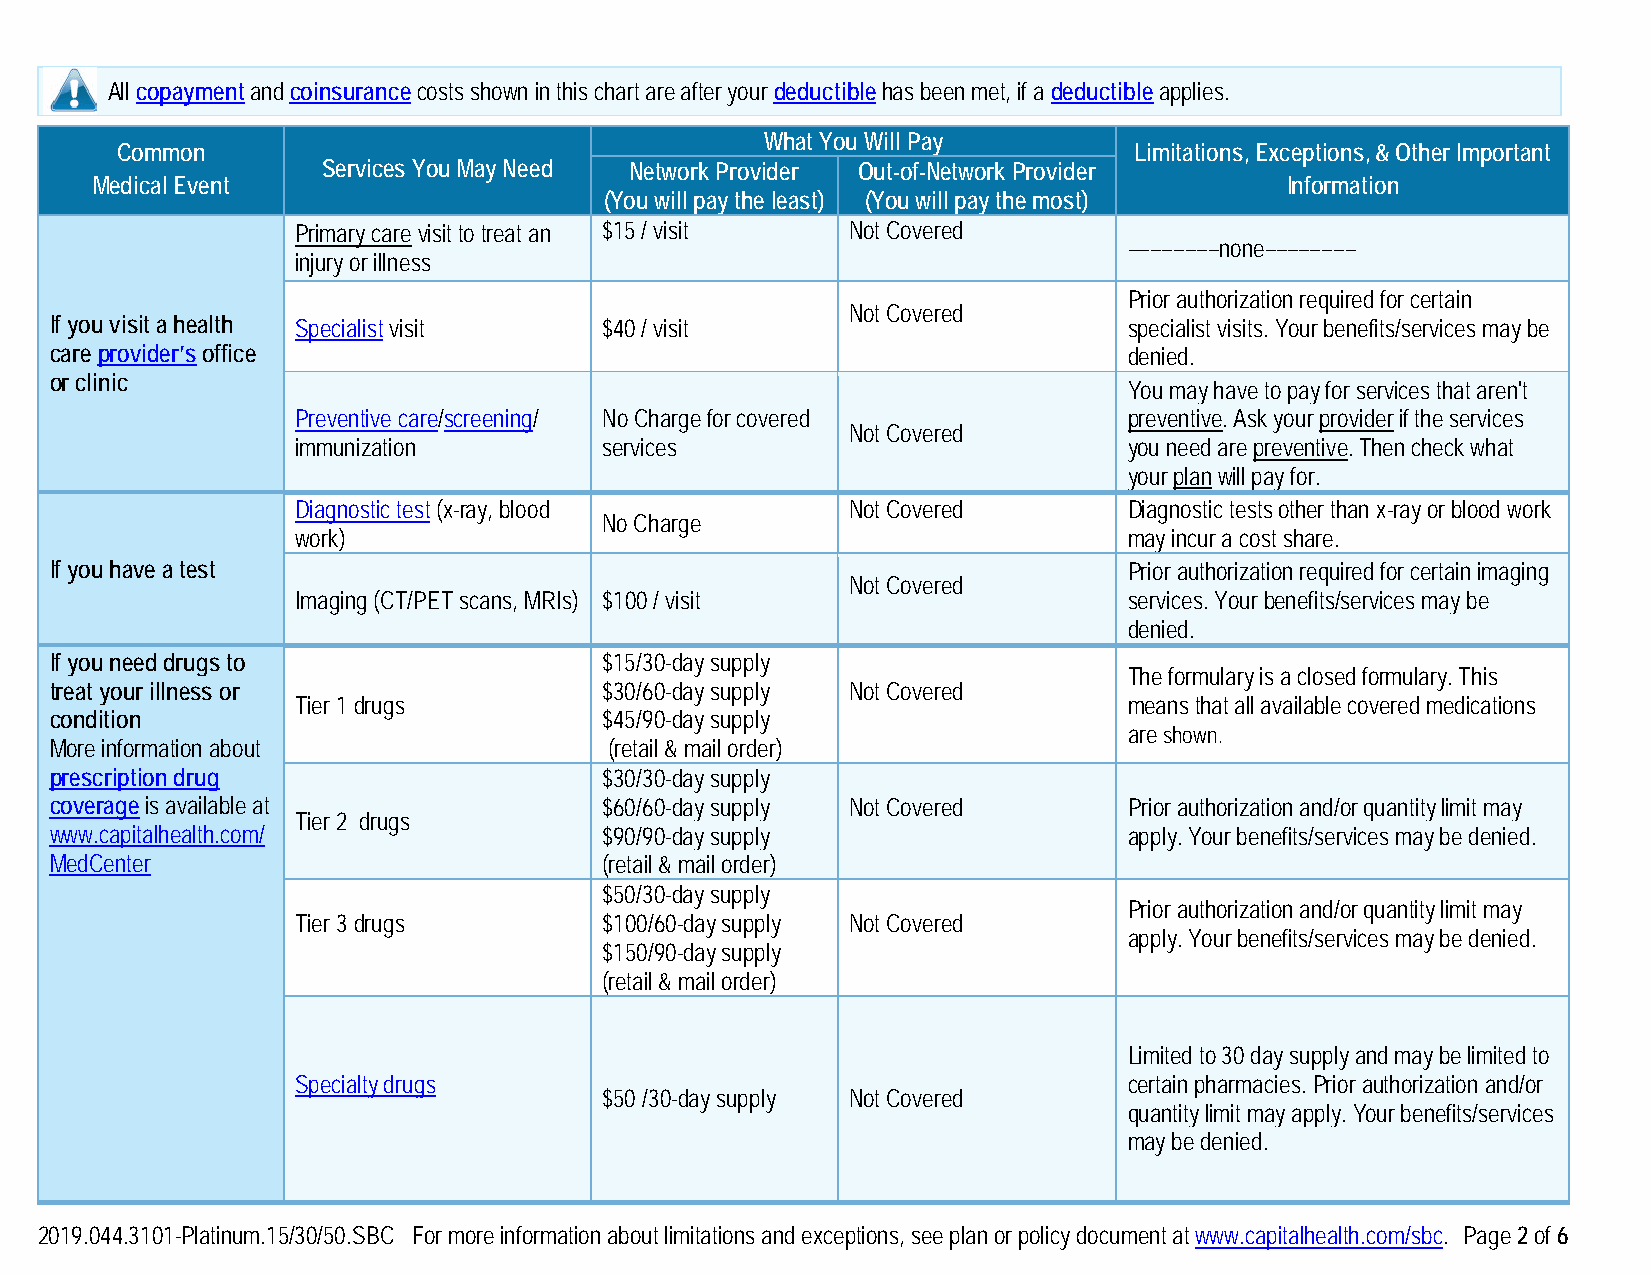
All copayment and coinsurance costs shown in this chart are after your deductible has been met, if a deductible applies.
 What You Will Pay
 Common                                                             Limitations, Exceptions, & Other Important
 Services You May Need Network Provider Out-of-Network Provider
 Medical Event                                                                  Information
 (You will pay the least) (You will pay the most)
 Primary care visit to treat an $15 / visit Not Covered
 ––––––––none––––––––
 injury or illness
 Prior authorization required for certain
 Not Covered
 If you visit a health Specialist visit $40 / visit                      specialist visits. Your benefits/services may be
 care provider’s office                                                  denied.
 or clinic
 You may have to pay for services that aren't
 Preventive care/screening/ No Charge for covered       preventive. Ask your provider if the services
 Not Covered
 immunization        services                           you need are preventive. Then check what
 your plan will pay for.
 Diagnostic test (x-ray, blood       Not Covered        Diagnostic tests other than x-ray or blood work
 No Charge
 work)                                                  may incur a cost share.
 If you have a test                                                      Prior authorization required for certain imaging
 Not Covered
 Imaging (CT/PET scans, MRIs) $100 / visit              services. Your benefits/services may be
 denied.
 If you need drugs to                 $15/30-day supply
 The formulary is a closed formulary. This
 treat your illness or                $30/60-day supply Not Covered
 Tier 1 drugs                                           means that all available covered medications
 condition                            $45/90-day supply
 are shown.
 More information about               (retail & mail order)
 prescription drug                    $30/30-day supply
 coverage is available at             $60/60-day supply Not Covered      Prior authorization and/or quantity limit may
 Tier 2 drugs
 www.capitalhealth.com/               $90/90-day supply                  apply. Your benefits/services may be denied.
 MedCenter                            (retail & mail order)
 $50/30-day supply
 Prior authorization and/or quantity limit may
 Tier 3 drugs        $100/60-day supply Not Covered
 apply. Your benefits/services may be denied.
 $150/90-day supply
 (retail & mail order)
 Limited to 30 day supply and may be limited to
 Specialty drugs                                        certain pharmacies. Prior authorization and/or
 $50 /30-day supply Not Covered
 quantity limit may apply. Your benefits/services
 may be denied.
 2019.044.3101-Platinum.15/30/50.SBC For more information about limitations and exceptions, see plan or policy document at www.capitalhealth.com/sbc. Page 2 of 6